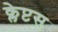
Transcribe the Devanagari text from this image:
क्लेप्टस